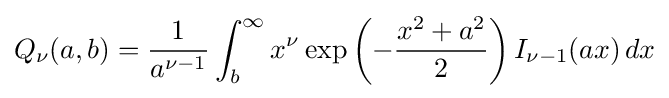
Q_{\nu }(a,b)={\frac {1}{a^{\nu -1}}}\int _{b}^{\infty }x^{\nu }\exp \left(-{\frac {x^{2}+a^{2}}{2}}\right)I_{\nu -1}(ax)\,dx